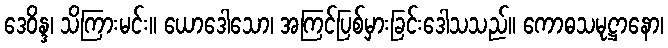
ဒေဝိန္ဒ၊ သိကြားမင်း။ ယောဒေါသော၊ အကြင်ပြစ်မှားခြင်းဒေါသသည်။ ကောဓသမုဋ္ဌာနော၊